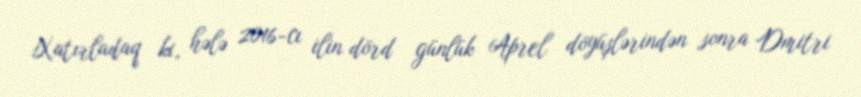
Xatırladaq ki, hələ 2016-cı ilin dörd günlük Aprel döyüşlərindən sonra Dmitri